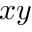
x y